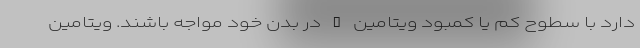
دارد با سطوح کم یا کمبود ویتامین D در بدن خود مواجه باشند. ویتامین